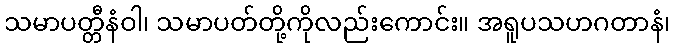
သမာပတ္တီနံဝါ၊ သမာပတ်တို့ကိုလည်းကောင်း။ အရူပသဟဂတာနံ၊